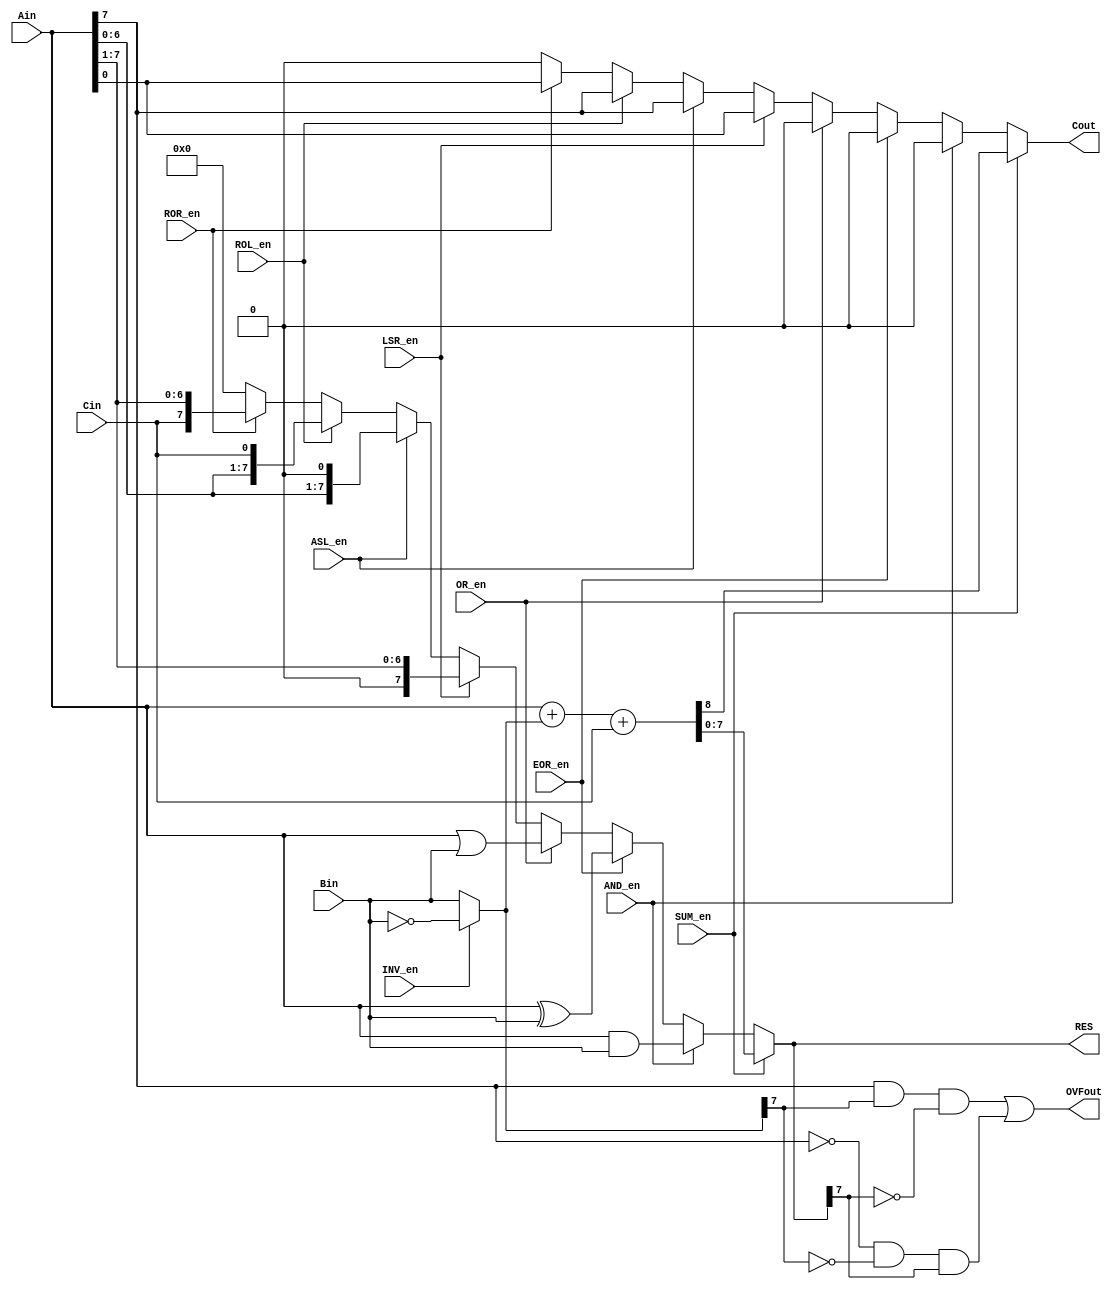
module ALU(  
	input wire SUM_en, AND_en, EOR_en, OR_en, LSR_en, ASL_en, INV_en, ROL_en, ROR_en, // Operation control
	input wire [7:0] Ain, Bin, 					     // Data inputs
	input wire Cin, 						     	  // Carry in
	output reg [7:0] RES,					     // Operation result
	output reg Cout, 						     // Carry out
	output wire OVFout						     // Overflow out
	);

	// Declare signals:
	wire [7:0] Bint;
	wire Cint;
	
	
    // Select inverted or non-inverted B input:
	assign Bint = (INV_en) ? ~Bin : Bin;
    
    // Perform requested operation:
	always @(*) begin
		
		// Defaults:
		RES = 0;
		Cout = 0;
			
		// Operations:
		if (SUM_en)
			{Cout, RES} = Ain + Bint + Cin;	// add with carry-in, carry-out
		else if (AND_en)
			RES = Ain & Bin;	// and
		else if (EOR_en)
			RES = Ain ^ Bin;	// xor
		else if (OR_en)
			RES = Ain | Bin;	// or
		else if (LSR_en)
			{RES, Cout} = {Ain,1'd0} >> 1;  // shift right with carry-out
		else if (ASL_en)
			{Cout, RES} = {1'd0, Ain} << 1; // shift left with carry-out
		else if (ROL_en)
			{Cout, RES} = {Ain, Cin};  // shift left with carry-in, carry-out
		else if (ROR_en)
			{RES, Cout} = {Cin,Ain};	// shift right with carry-in, carry-out
	
	end
	
	// Set overflow flag (set if both inputs are same sign, but output is a different sign):
	assign OVFout = (Ain[7] && Bint[7] && (!RES[7])) || ((!Ain[7]) && (!Bint[7]) && RES[7]);
	 
	
	 
endmodule